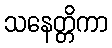
သနေတ္တိကာ